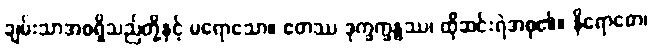
ချမ်းသာအစရှိသည်တို့နှင့် မရောသော။ ဧတဿ ဒုက္ခက္ခန္ဓဿ၊ ထိုဆင်းရဲအစု၏။ နိရောဓော၊